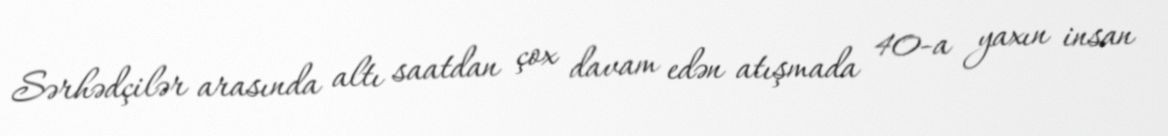
Sərhədçilər arasında altı saatdan çox davam edən atışmada 40-a yaxın insan